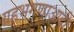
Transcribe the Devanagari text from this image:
ग्रहभगणाआदी